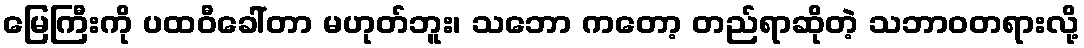
မြေကြီးကို ပထဝီခေါ်တာ မဟုတ်ဘူး၊ သဘော ကတော့ တည်ရာဆိုတဲ့ သဘာဝတရားလို့